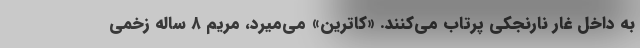
به داخل غار نارنجکی پرتاب می‌کنند. «کاترین» می‌میرد، مریم ۸ ساله زخمی